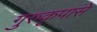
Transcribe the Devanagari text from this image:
गुरुकृपासे